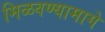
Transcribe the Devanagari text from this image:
मिळवण्यामागे